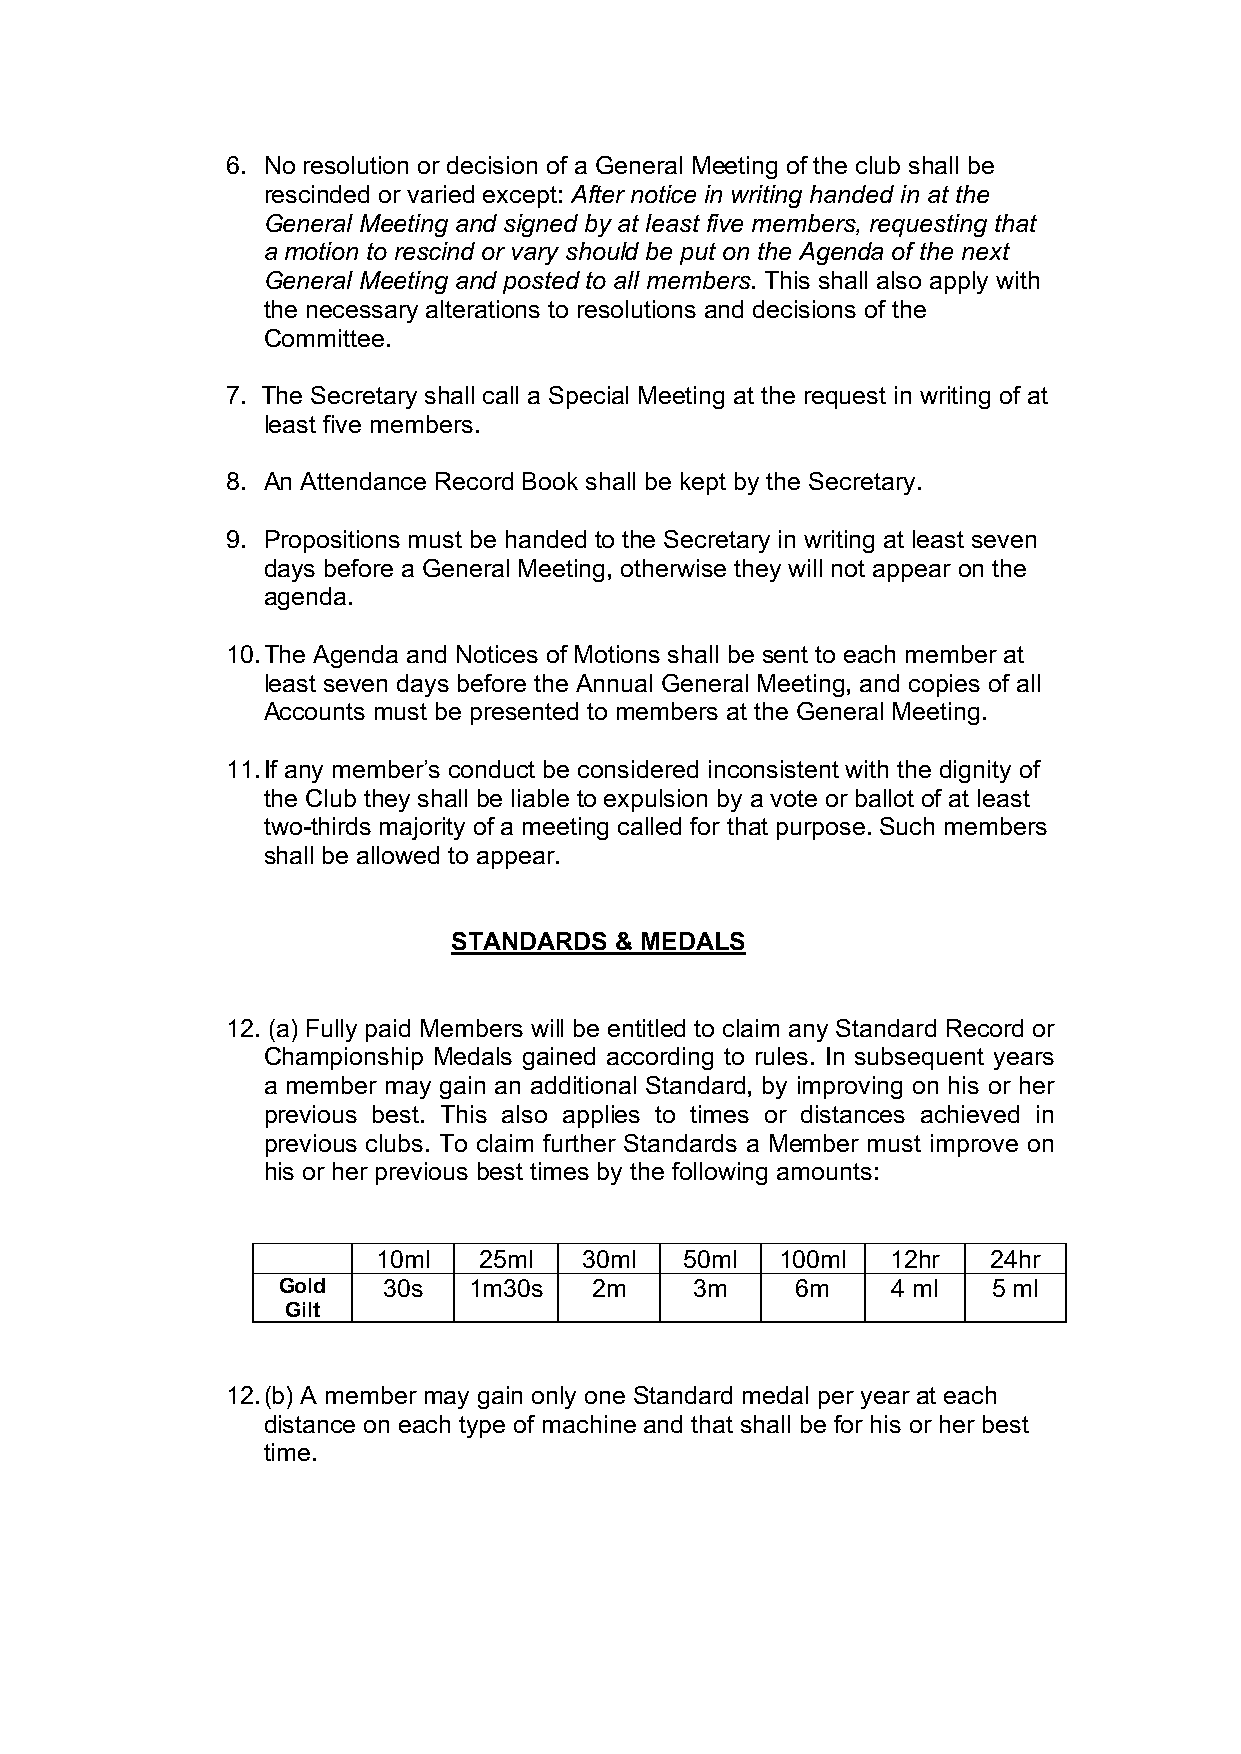
6. No resolution or decision of a General Meeting of the club shall be
 rescinded or varied except: After notice in writing handed in at the
 General Meeting and signed by at least five members, requesting that
 a motion to rescind or vary should be put on the Agenda of the next
 General Meeting and posted to all members. This shall also apply with
 the necessary alterations to resolutions and decisions of the
 Committee.
 7. The Secretary shall call a Special Meeting at the request in writing of at
 least five members.
 8. An Attendance Record Book shall be kept by the Secretary.
 9. Propositions must be handed to the Secretary in writing at least seven
 days before a General Meeting, otherwise they will not appear on the
 agenda.
 10. The Agenda and Notices of Motions shall be sent to each member at
 least seven days before the Annual General Meeting, and copies of all
 Accounts must be presented to members at the General Meeting.
 11. If any member’s conduct be considered inconsistent with the dignity of
 the Club they shall be liable to expulsion by a vote or ballot of at least
 two-thirds majority of a meeting called for that purpose. Such members
 shall be allowed to appear.
 STANDARDS  & MEDALS
 12. (a) Fully paid Members will be entitled to claim any Standard Record or
 Championship Medals gained according to rules. In subsequent years
 a member may gain an additional Standard, by improving on his or her
 previous best. This also applies to times or distances achieved in
 previous clubs. To claim further Standards a Member must improve on
 his or her previous best times by the following amounts:
 10ml   25ml   30ml  50ml   100ml  12hr   24hr
 Gold   30s   1m30s   2m     3m     6m    4 ml   5 ml
 Gilt
 12. (b) A member may gain only one Standard medal per year at each
 distance on each type of machine and that shall be for his or her best
 time.